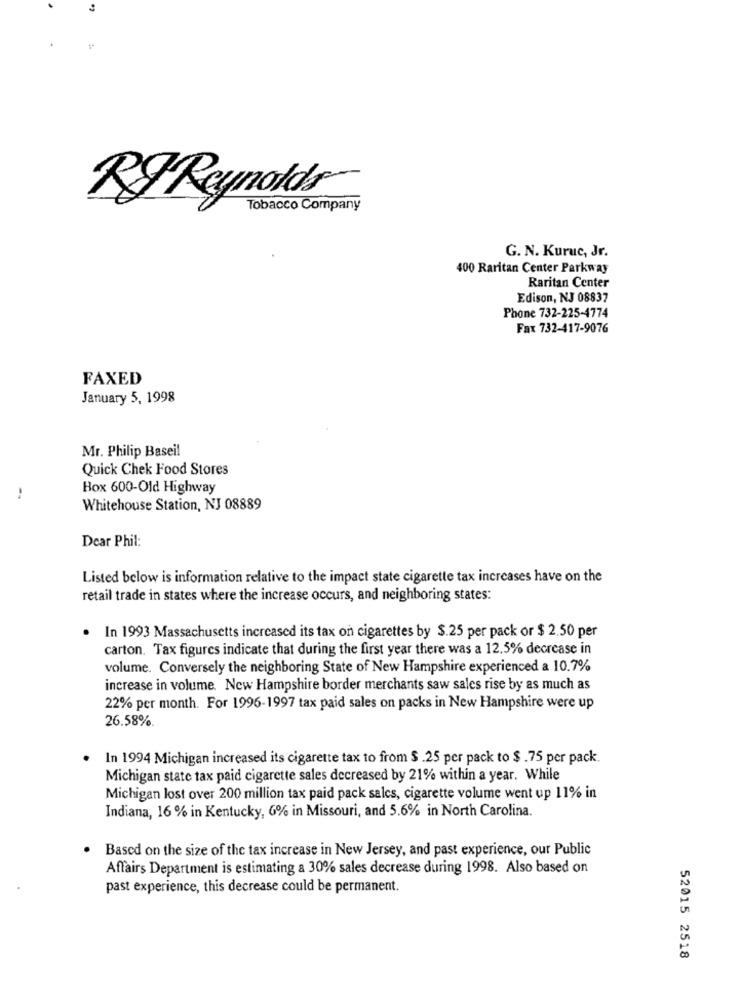
RF Reynolds
Tobacco Company
G. N. Kuruc, Jr.
400 Raritan Center Parkway
Raritan Center
Edison, NJ 08837
Phone 732-225-4774
Fax 732-417-9076
FAXED
January 5, 1998
Mr. Philip Baseil
Quick Chek Food Stores
Box 600-Old Highway
Whitehouse Station, NJ 08889
Dear Phil:
Listed below is information relative to the impact state cigarette tax increases have on the
retail trade in states where the increase occurs, and neighboring states:
In 1993 Massachusetts increased its tax on cigarettes by $.25 per pack or $ 2.50 per
carton. Tax figures indicate that during the first year there was a 12,5% decrease in
volume. Conversely the neighboring State of New Hampshire experienced a 10.7%
increase in volume. New Hampshire border merchants saw sales rise by as much as
22% per month. For 1996-1997 tax paid sales on packs in New Hampshire were up
26.58%
In 1994 Michigan increased its cigarette tax to from $ .25 per pack to $ .75 per pack.
Michigan state tax paid cigarette sales decreased by 21% within a year. While
Michigan lost over 200 million tax paid pack salcs, cigarette volume went up 11% in
Indiana, 16 % in Kentucky, 6% in Missouri, and 5.6% in North Carolina.
Based on the size of the tax increase in New Jersey, and past experience, our Public
Affairs Department is estimating a 30% sales decrease during 1998. Also based on
past experience, this decrease could be permanent.
52015 2518